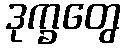
ဒုက္ခတွေ